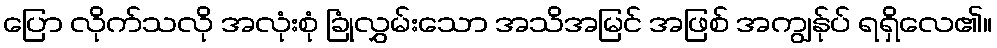
ပြော လိုက်သလို အလုံးစုံ ခြုံလွှမ်းသော အသိအမြင် အဖြစ် အကျွန်ုပ် ရရှိလေ၏။